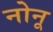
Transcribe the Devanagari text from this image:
नोनू